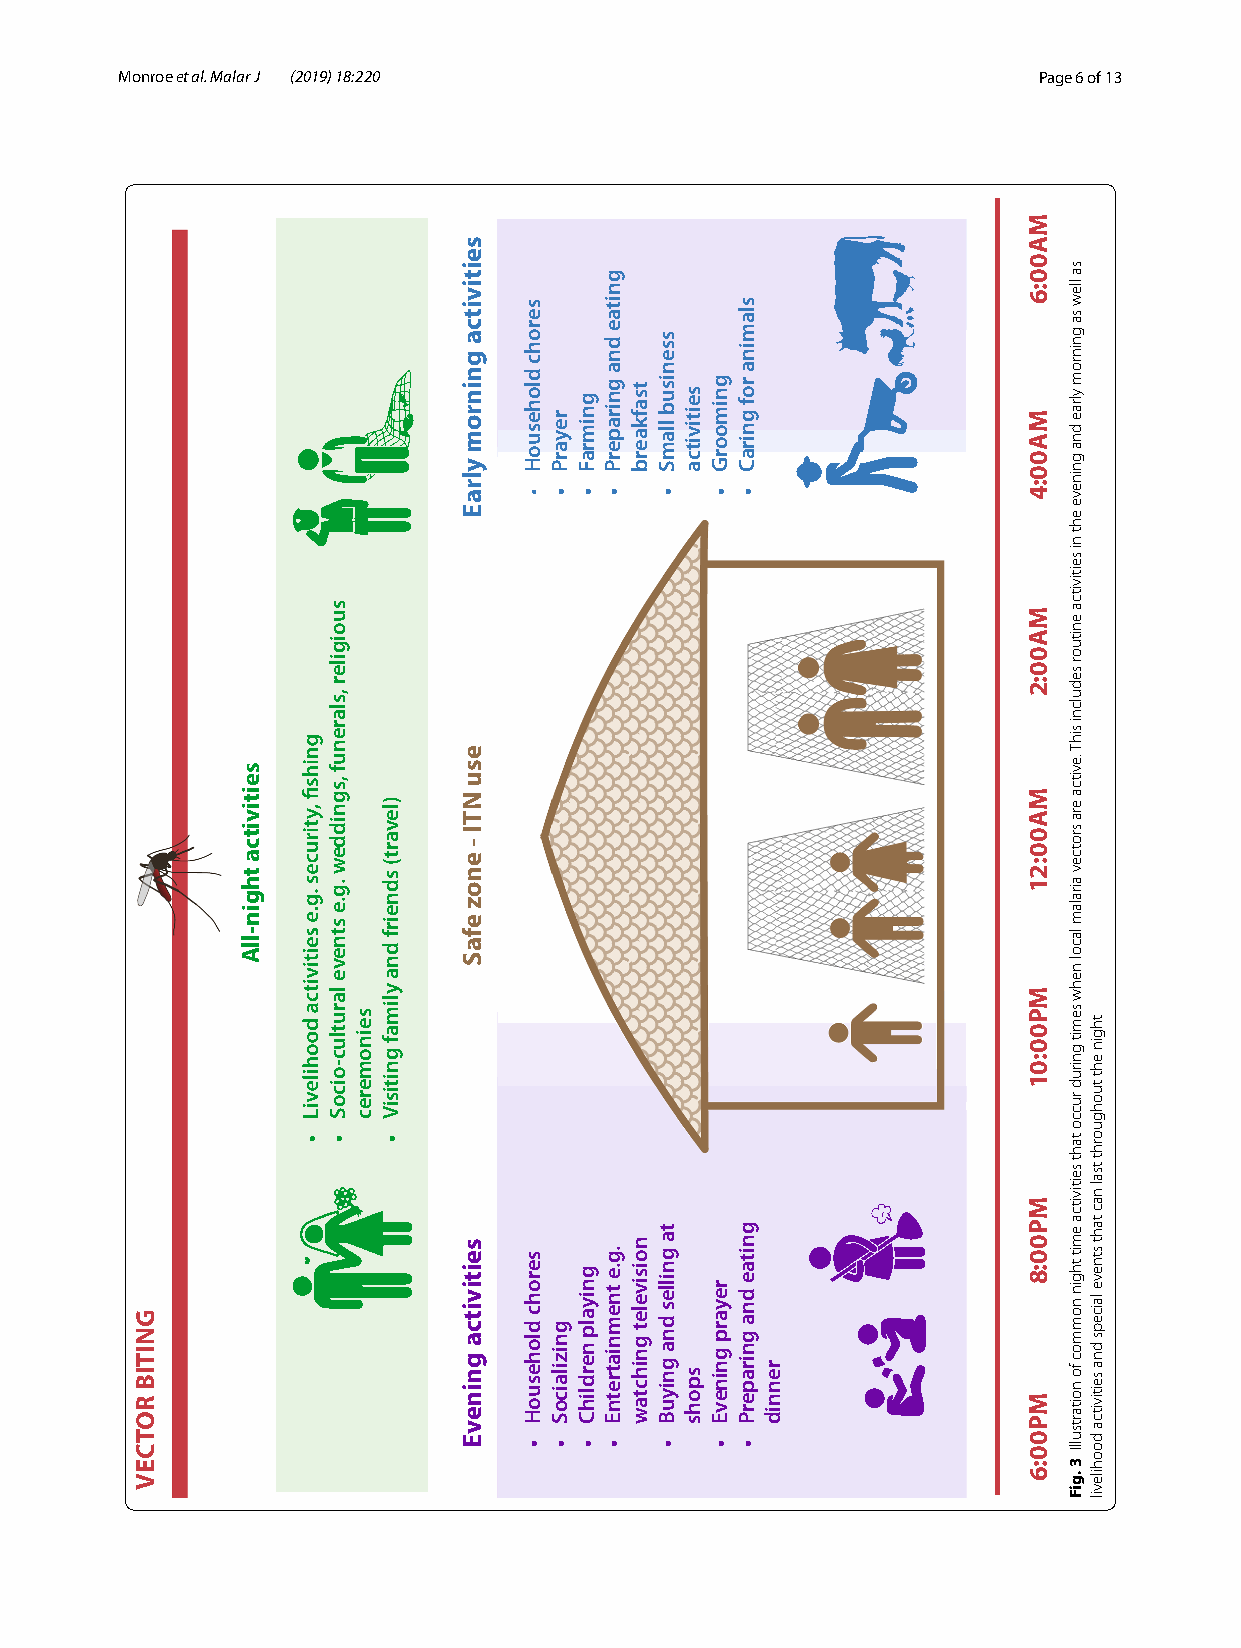
Monroe et al. Malar J (2019) 18:220                          Page 6 of 13
 GNITIB
 ROTCEV
 seitivitca
 thgin-llA
 suoigiler
 ,slarenuf
 ,sgniddew
 .g.e
 stneve
 larutluc-oicoS
 •
 seinomerec
 )levart(
 sdneirf
 dna
 ylimaf
 gnitisiV
 •
 seitivitca
 gninrom
 ylraE
 esu
 NTI
 -
 enoz
 efaS
 seitivitca
 gninevE
 serohc
 dlohesuoH
 •
 serohc
 dlohesuoH
 •
 reyarP
 •
 gnizilaicoS
 •
 gnimraF
 •
 gniyalp
 nerdlihC
 •
 gnitae
 dna
 gniraperP
 •
 .g.e
 tnemniatretnE
 •
 tsafkaerb
 noisivelet
 gnihctaw
 ssenisub
 llamS
 •
 ta
 gnilles
 dna
 gniyuB
 •
 seitivitca
 spohs
 gnimoorG
 •
 reyarp
 gninevE
 •
 slamina
 rof
 gniraC
 •
 gnitae
 dna
 gniraperP
 •
 rennid
 MA00:6
 MA00:4
 MA00:2
 MA00:21
 MP00:01
 MP00:8
 MP00:6
 sa
 llew
 sa
 gninrom
 ylrae
 dna
 gnineve
 eht
 ni
 seitivitca
 enituor
 sedulcni
 sihT
 .evitca
 era
 srotcev
 airalam
 lacol
 nehw
 semit
 gnirud
 rucco
 taht
 seitivitca
 emit
 thgin
 nommoc
 fo
 noitartsullI
 3
 .giF
 thgin
 eht
 tuohguorht
 tsal
 nac
 taht
 stneve
 laiceps
 dna seitivitca
 doohilevil